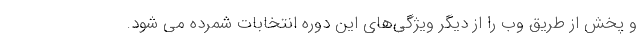
و پخش از طریق وب را از دیگر ویژگی‌های این دوره انتخابات شمرده می شود.